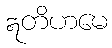
ဣတိဟမေ